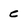
Character: e